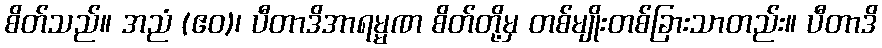
စိတ်သည်။ အညံ (ဧဝ)၊ ပီတာဒိအာရမ္မဏ စိတ်တို့မှ တစ်မျိုးတစ်ခြားသာတည်း။ ပီတာဒိ